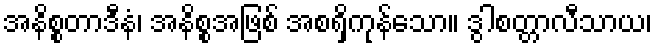
အနိစ္စတာဒီနံ၊ အနိစ္စအဖြစ် အစရှိကုန်သော။ ဒွါစတ္တာလီသာယ၊